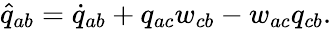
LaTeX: \widehat{q}_{ab}=\dot{q}_{ab}+q_{ac}w_{cb}-w_{ac}q_{cb}.